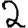
Digit: 2